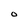
Character: O